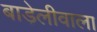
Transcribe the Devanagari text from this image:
बाड़ेलीवाला